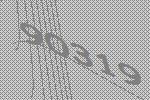
90319